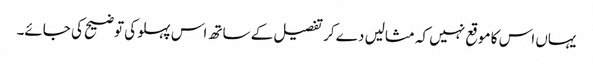
یہاں اس کا موقع نہیں کہ مثالیں دے کر تفصیل کے ساتھ اس پہلو کی توضیح کی جائے۔